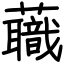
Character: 蘵